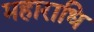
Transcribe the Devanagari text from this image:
महाराधि